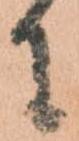
に